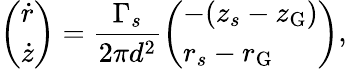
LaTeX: \left(\begin{array}{l}{\dot{r}}\\ {\dot{z}}\end{array}\right)=\frac{\Gamma_{s}}{2\pi d^{2}}\left(\begin{array}{l}{-(z_{s}-z_{\mathrm{G}})}\\ {r_{s}-r_{\mathrm{G}}}\end{array}\right),